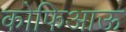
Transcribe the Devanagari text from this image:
कोफिआऊ